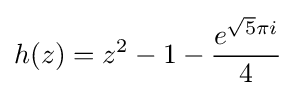
h(z)=z^{2}-1-{\frac {e^{{\sqrt {5}}\pi i}}{4}}